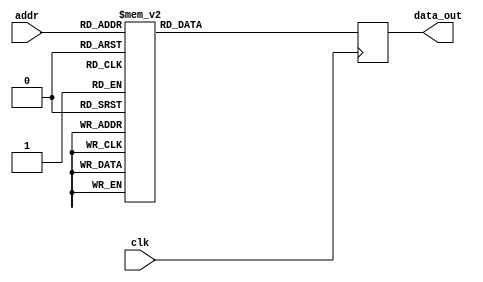
module rom0(clk,addr,data_out);
input clk;
input [3:0] addr;

output reg [10:0] data_out;

always @(posedge clk) 
	case(addr)
		4'b0000: data_out=11'b00101101010;
		4'b0001: data_out=11'b00101101010;
		4'b0010: data_out=11'b00101101010;
		4'b0011: data_out=11'b00101101010;
		4'b0100: data_out=11'b00101101010;
		4'b0101: data_out=11'b00101101010; 
		4'b0110: data_out=11'b00101101010;
		4'b0111: data_out=11'b00101101010;
		4'b1000: data_out=11'b00101101010; 
		4'b1001: data_out=11'b00101101010;
		4'b1010: data_out=11'b00101101010;
		4'b1011: data_out=11'b00101101010;
		4'b1100: data_out=11'b00101101010;
		4'b1101: data_out=11'b00101101010;
		4'b1110: data_out=11'b00101101010;
		4'b1111: data_out=11'b00101101010;
		default: data_out=11'b00101101010;
	endcase 

endmodule